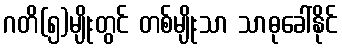
ဂတိ(၅)မျိုးတွင် တစ်မျိုးသာ သာဓုခေါ်နိုင်